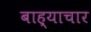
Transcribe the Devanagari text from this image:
बाह्याचार